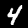
Label: 4